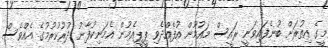
މީގެ އިތުރަށް ބުނެފައިވަނީ ރައީސް މައުމޫން އުފެއްދެވި ޕީޕީއެމުން އެމަނިކުފާނު ދުރުކުރުމުގެ އެއްވެސް